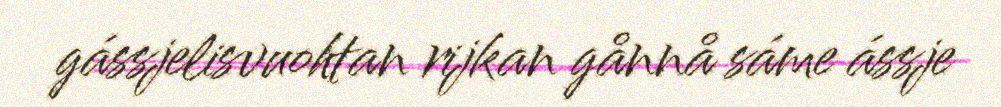
gássjelisvuohtan rijkan gånnå sáme ássje